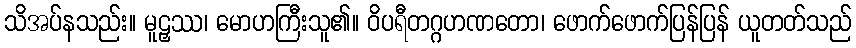
သိအပ်နသည်း။ မူဠှဿ၊ မောဟကြီးသူ၏။ ဝိပရီတဂ္ဂဟဏတော၊ ဖောက်ဖောက်ပြန်ပြန် ယူတတ်သည်